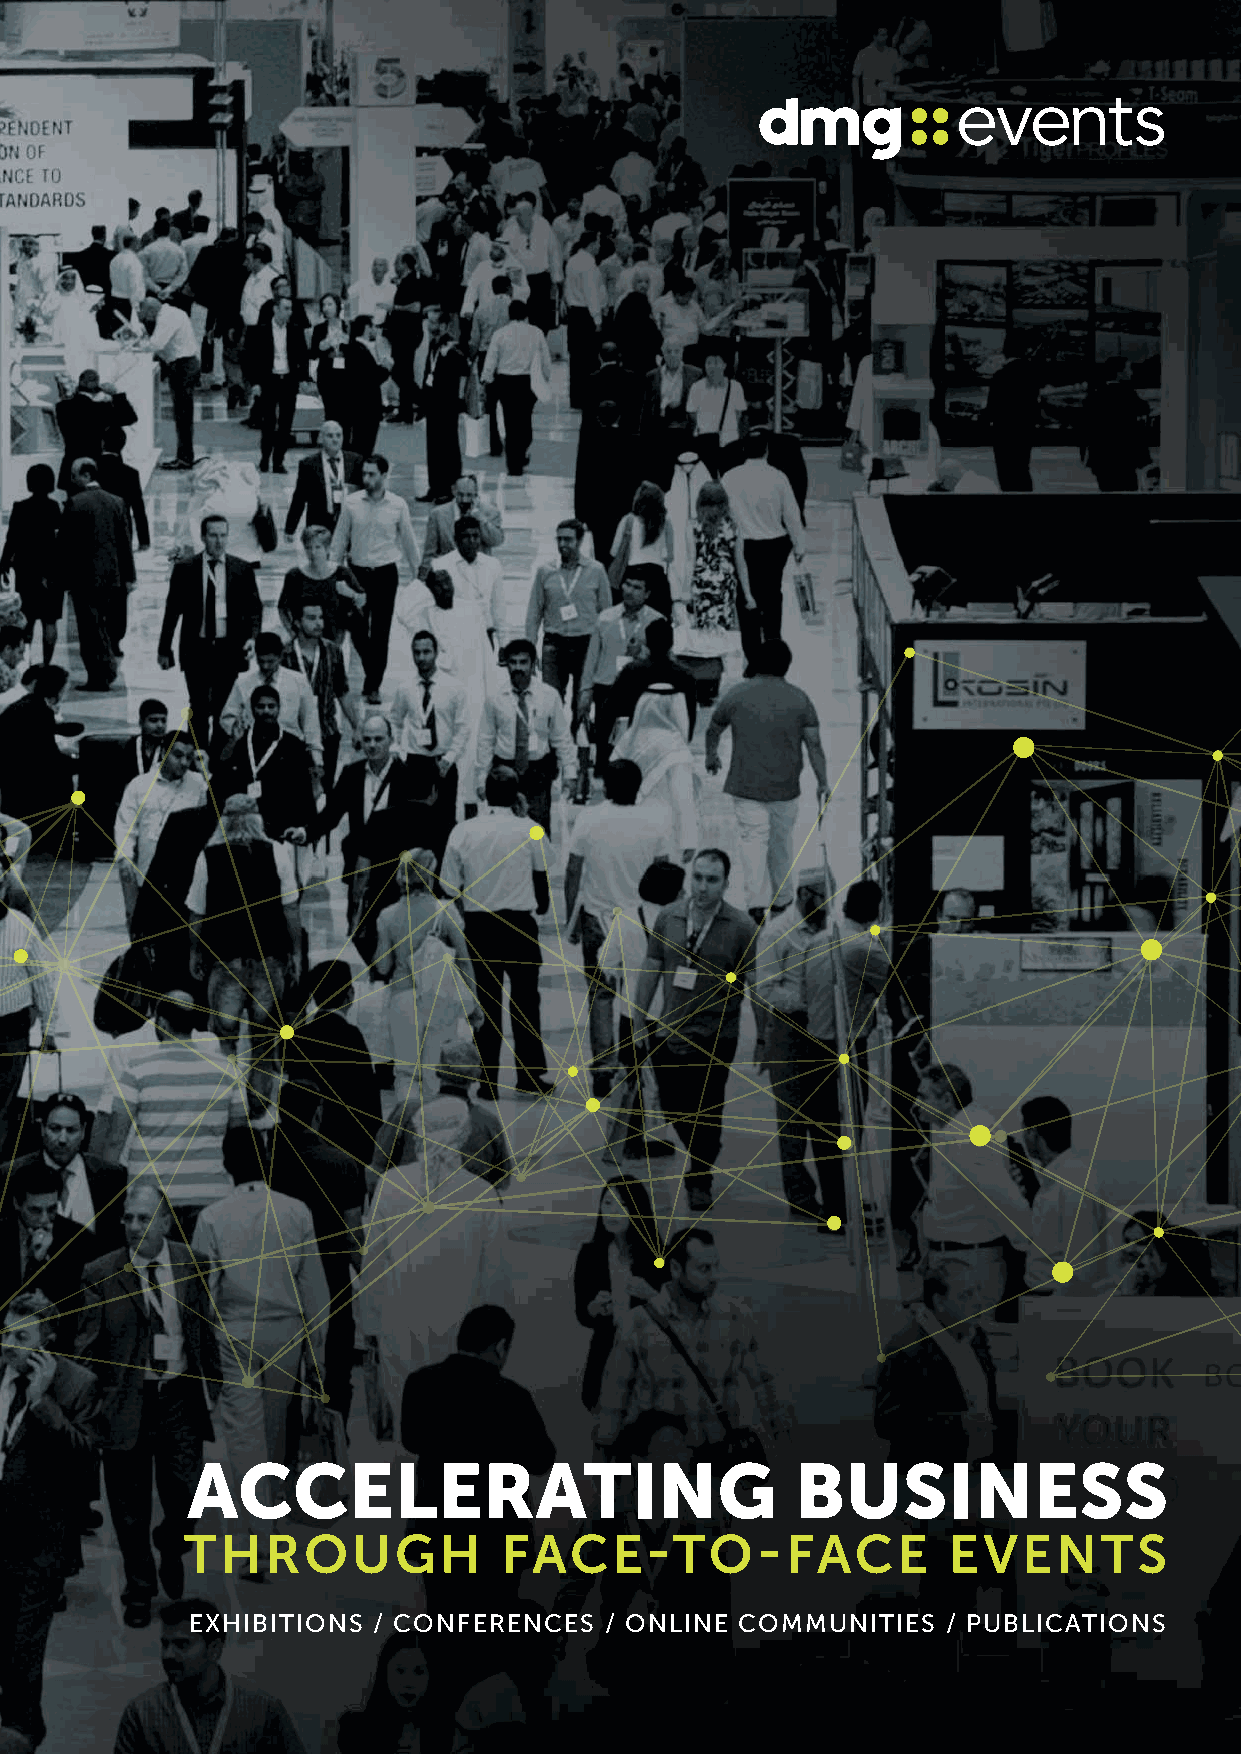
ACCELERATING                             BUSINESS
 THROUGH              FACE-TO-FACE                  EVENTS
 EXHIBITIONS  / CONFERENCES  / ONLINE COMMUNITIES   / PUBLICATIONS